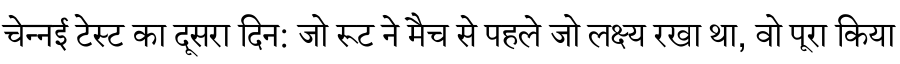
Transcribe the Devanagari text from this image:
चेन्नई टेस्ट का दूसरा दिन: जो रूट ने मैच से पहले जो लक्ष्य रखा था, वो पूरा किया